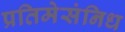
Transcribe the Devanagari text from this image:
प्रतिमेसंनिध